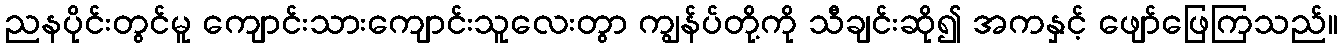
ညနပိုင်းတွင်မူ ကျောင်းသားကျောင်းသူလေးတွာ ကျွန်ပ်တို့ကို သီချင်းဆို၍ အကနှင့် ဖျော်ဖြေကြသည်။